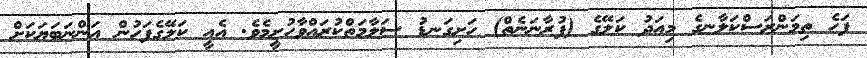
ފަހެ ތިމަންރަސްކަލާނގެ މިއަދު ކަލޭގެ (ފުރާނަނެތް) ހަށިގަނޑު ސަލާމަތްކުރައްވާހުށީމެވެ. އެއީ ކަލޭގެފަހުން އަންނަބަޔަކަށް